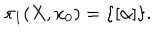
\pi _ { 1 } ( X , x _ { 0 } ) = \{ [ \alpha ] \} . \nonumber